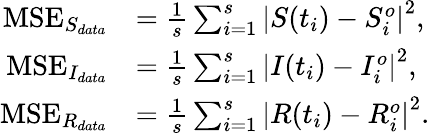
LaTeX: \begin{array}{rl}{\mathrm{MSE}_{S_{data}}}&{=\frac{1}{s}\sum_{i=1}^{s}\left|S(t_{i})-S_{i}^{o}\right|^{2},}\\ {\mathrm{MSE}_{I_{data}}}&{=\frac{1}{s}\sum_{i=1}^{s}\left|I(t_{i})-I_{i}^{o}\right|^{2},}\\ {\mathrm{MSE}_{R_{data}}}&{=\frac{1}{s}\sum_{i=1}^{s}\left|R(t_{i})-R_{i}^{o}\right|^{2}.}\end{array}